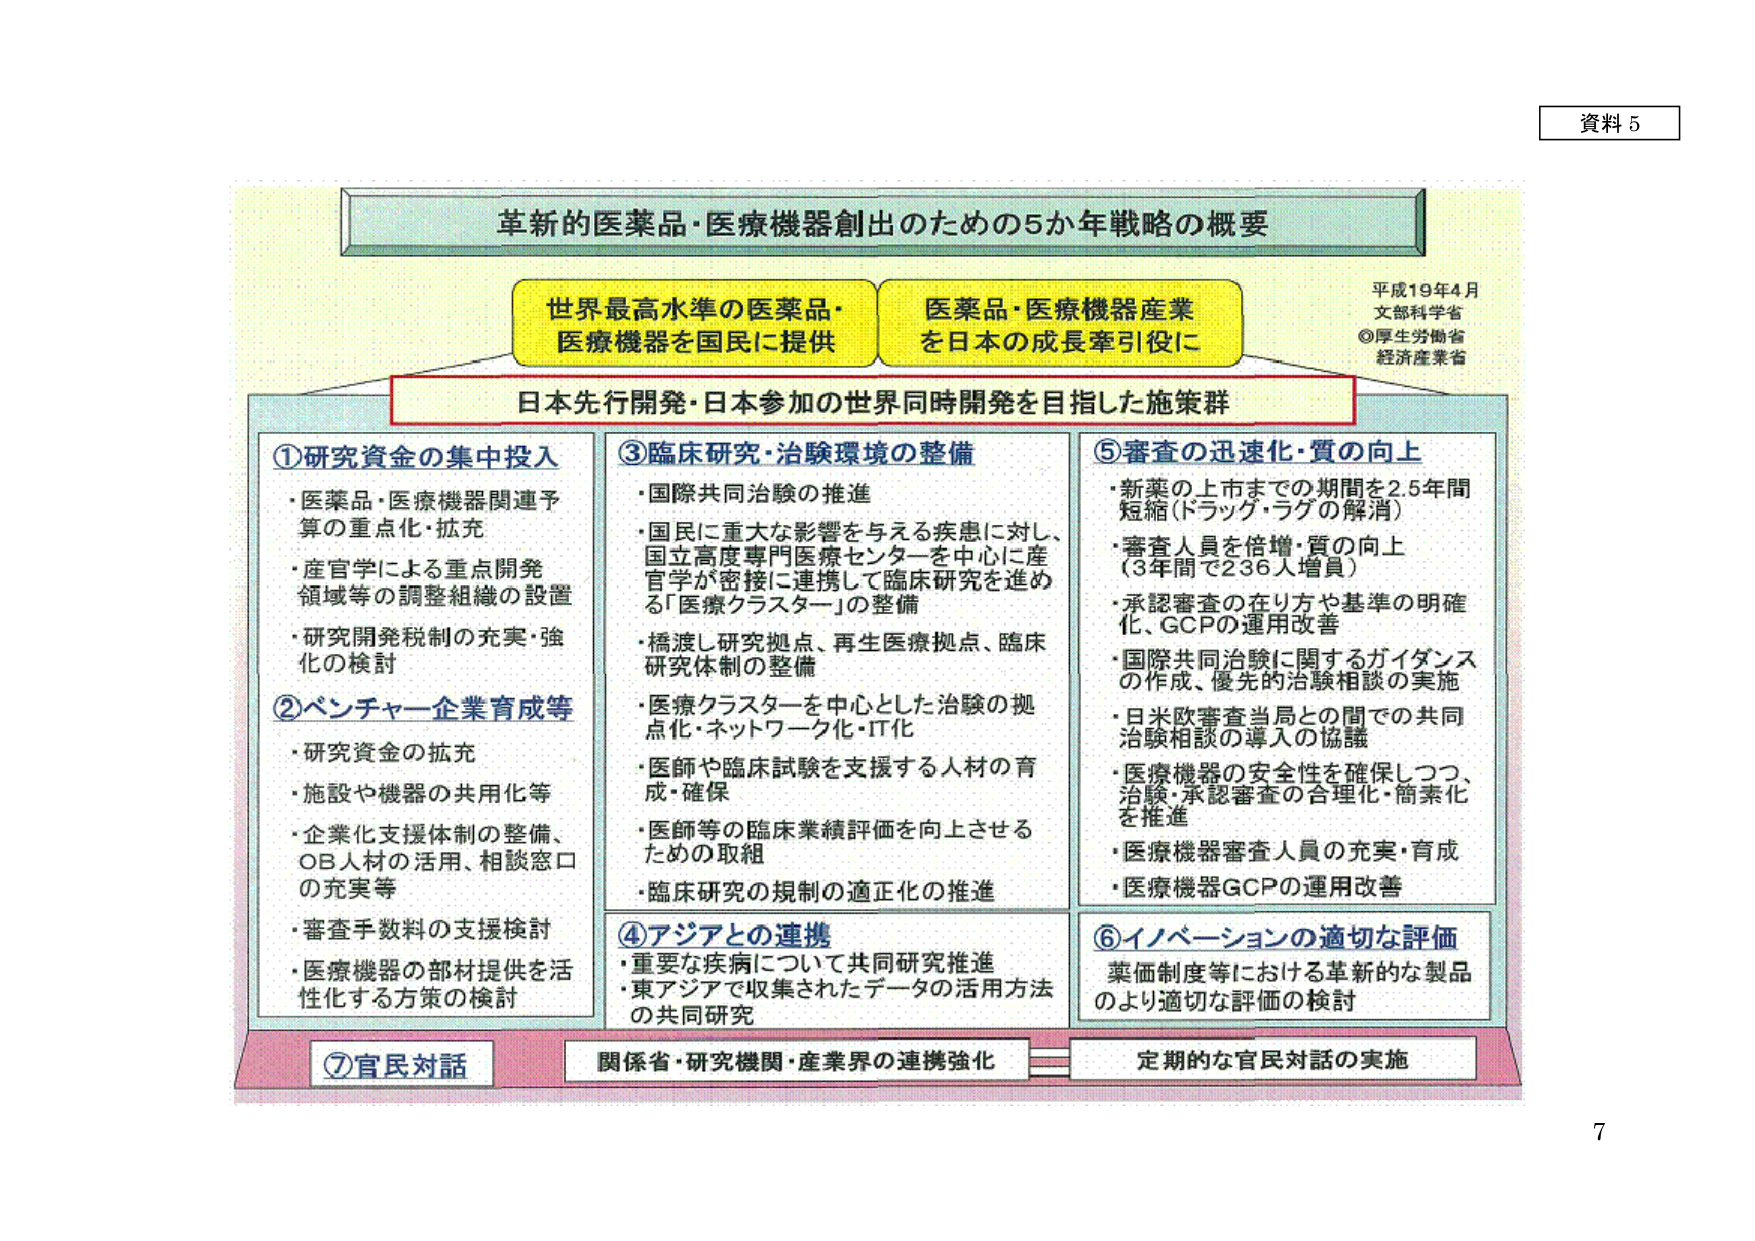
資料 5

革新的医薬品・医療機器創出のための5か年戦略の概要

世界最高水準の医薬品・
医療機器を国民に提供

医薬品・医療機器産業
を日本の成長牽引役に

平成19年4月
文部科学省
◎厚生労働省
経済産業省

日本先行開発・日本参加の世界同時開発を目指した施策群

①研究資金の集中投入
・医薬品・医療機器関連予算の重点化・拡充
・産官学による重点開発領域等の調整組織の設置
・研究開発税制の充実・強化の検討

②ベンチャー企業育成等
・研究資金の拡充
・施設や機器の共用化等
・企業化支援体制の整備、OB人材の活用、相談窓口の充実等
・審査手数料の支援検討
・医療機器の部材提供を活性化する方策の検討

③臨床研究・治験環境の整備
・国際共同治験の推進
・国民に重大な影響を与える疾患に対し、国立高度専門医療センターを中心に産官学が密接に連携して臨床研究を進める「医療クラスター」の整備
・橋渡し研究拠点、再生医療拠点、臨床研究体制の整備
・医療クラスターを中心とした治験の拠点化・ネットワーク化・IT化
・医師や臨床試験を支援する人材の育成・確保
・医師等の臨床業績評価を向上させるための取組
・臨床研究の規制の適正化の推進

④アジアとの連携
・重要な疾病について共同研究推進
・東アジアで収集されたデータの活用方法の共同研究

⑤審査の迅速化・質の向上
・新薬の上市までの期間を2.5年間短縮（ドラッグ・ラグの解消）
・審査人員を倍増・質の向上（3年間で236人増員）
・承認審査の在り方や基準の明確化、GCPの運用改善
・国際共同治験に関するガイダンスの作成、優先的治験相談の実施
・日米欧審査当局との間での共同治験相談の導入の協議
・医療機器の安全性を確保しつつ、治験・承認審査の合理化・簡素化を推進
・医療機器審査人員の充実・育成
・医療機器GCPの運用改善

⑥イノベーションの適切な評価
薬価制度等における革新的な製品のより適切な評価の検討

⑦官民対話
関係省・研究機関・産業界の連携強化
定期的な官民対話の実施

7